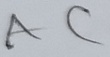
Text: AC